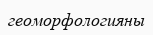
геоморфологияны